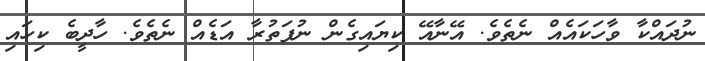
ނުދައްކާ ވާހަކައެއް ނެތެވެ. އޭނާއޭ ކިޔައިގެން ނުފަތުރާ އަޑެއް ނެތެވެ. ހާދީބެ ކިހައި